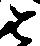
と